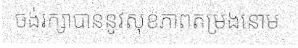
ចង់រក្សាបាននូវសុខភាពតម្រងនោម